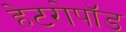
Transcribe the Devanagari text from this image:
हेटरोपॉड